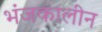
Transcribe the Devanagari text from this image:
भंजकालीन